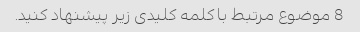
8 موضوع مرتبط با کلمه کلیدی زیر پیشنهاد کنید.